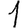
Digit: 1